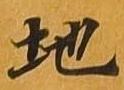
地